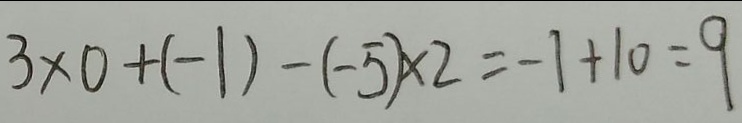
3 \times 0 + ( - 1 ) - ( - 5 ) \times 2 = - 1 + 1 0 = 9